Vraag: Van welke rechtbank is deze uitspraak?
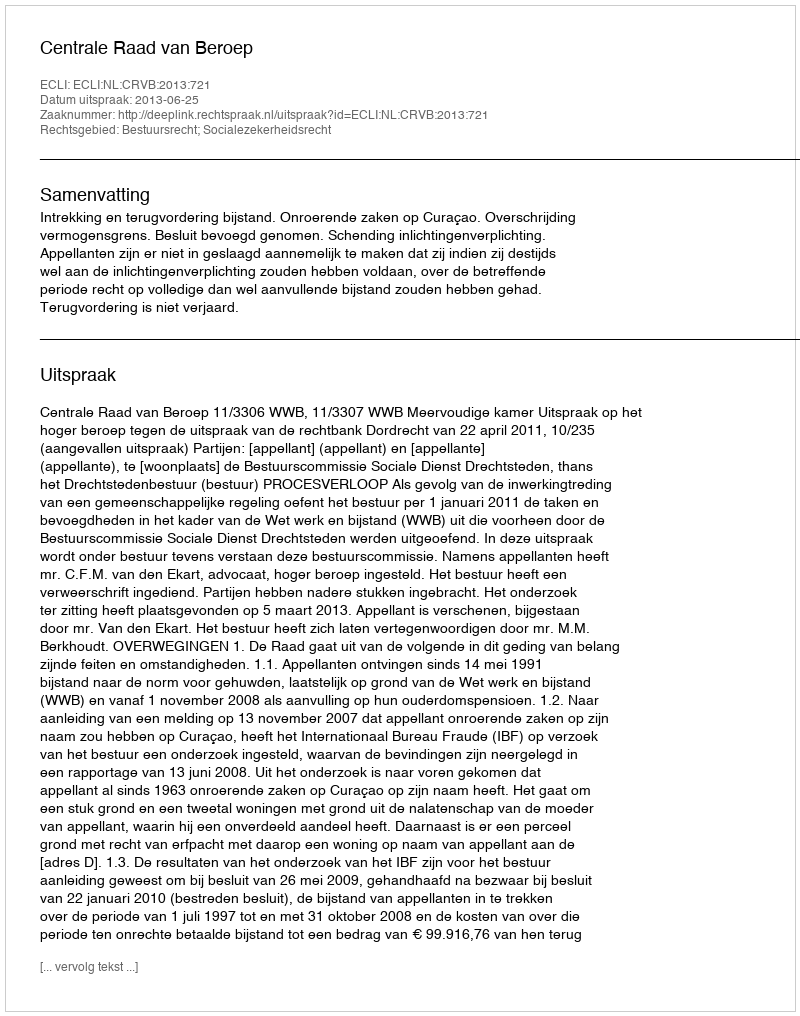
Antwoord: Centrale Raad van Beroep